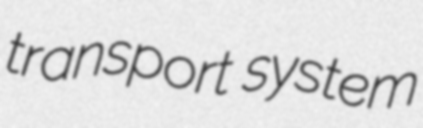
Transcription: transport system